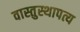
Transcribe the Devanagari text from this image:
वास्तुस्थापत्य